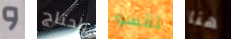
و واحتاج تقسو هنا